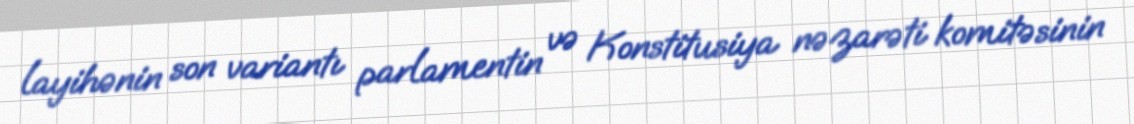
layihənin son variantı parlamentin və Konstitusiya nəzarəti komitəsinin